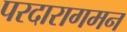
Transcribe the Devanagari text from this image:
परदारागमन